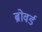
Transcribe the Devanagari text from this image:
ब्रोवर्ड